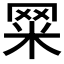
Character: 𦊮